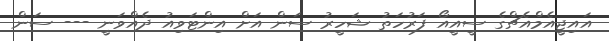
އައިޖީއެމްއެޗްގެ ސީއީއޯ ފަރުހަތު ޝަހީރު ސަން އަށް އިންޓަވިއު ދެއްވަނީ --- ސަން